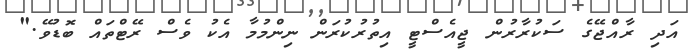
އަދި ރާއްޖޭގެ ސަކުރާރުން ޖީއެސްޓީ އިތުރުކުރަން ނިންމުމާ އެކު ވެސް ރޭޓްތައް ބޮޑުވޭ."